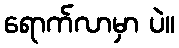
ရောက်လာမှာ ပဲ။